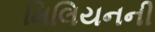
મિલિયનની